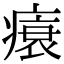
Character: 𤸬